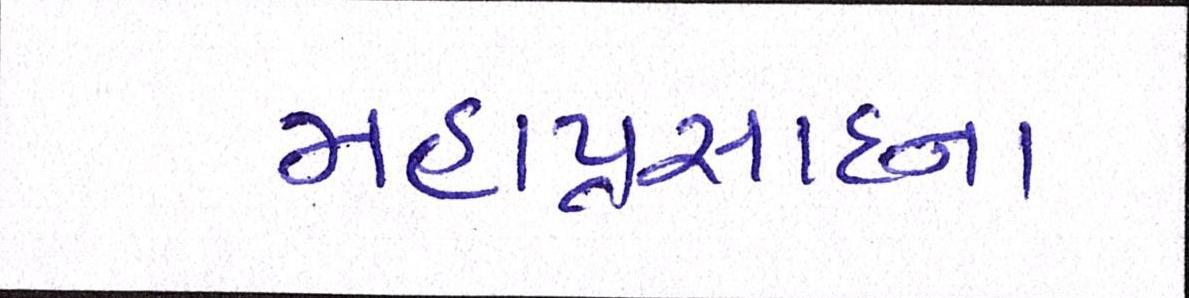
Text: મહાપ્રસાદના